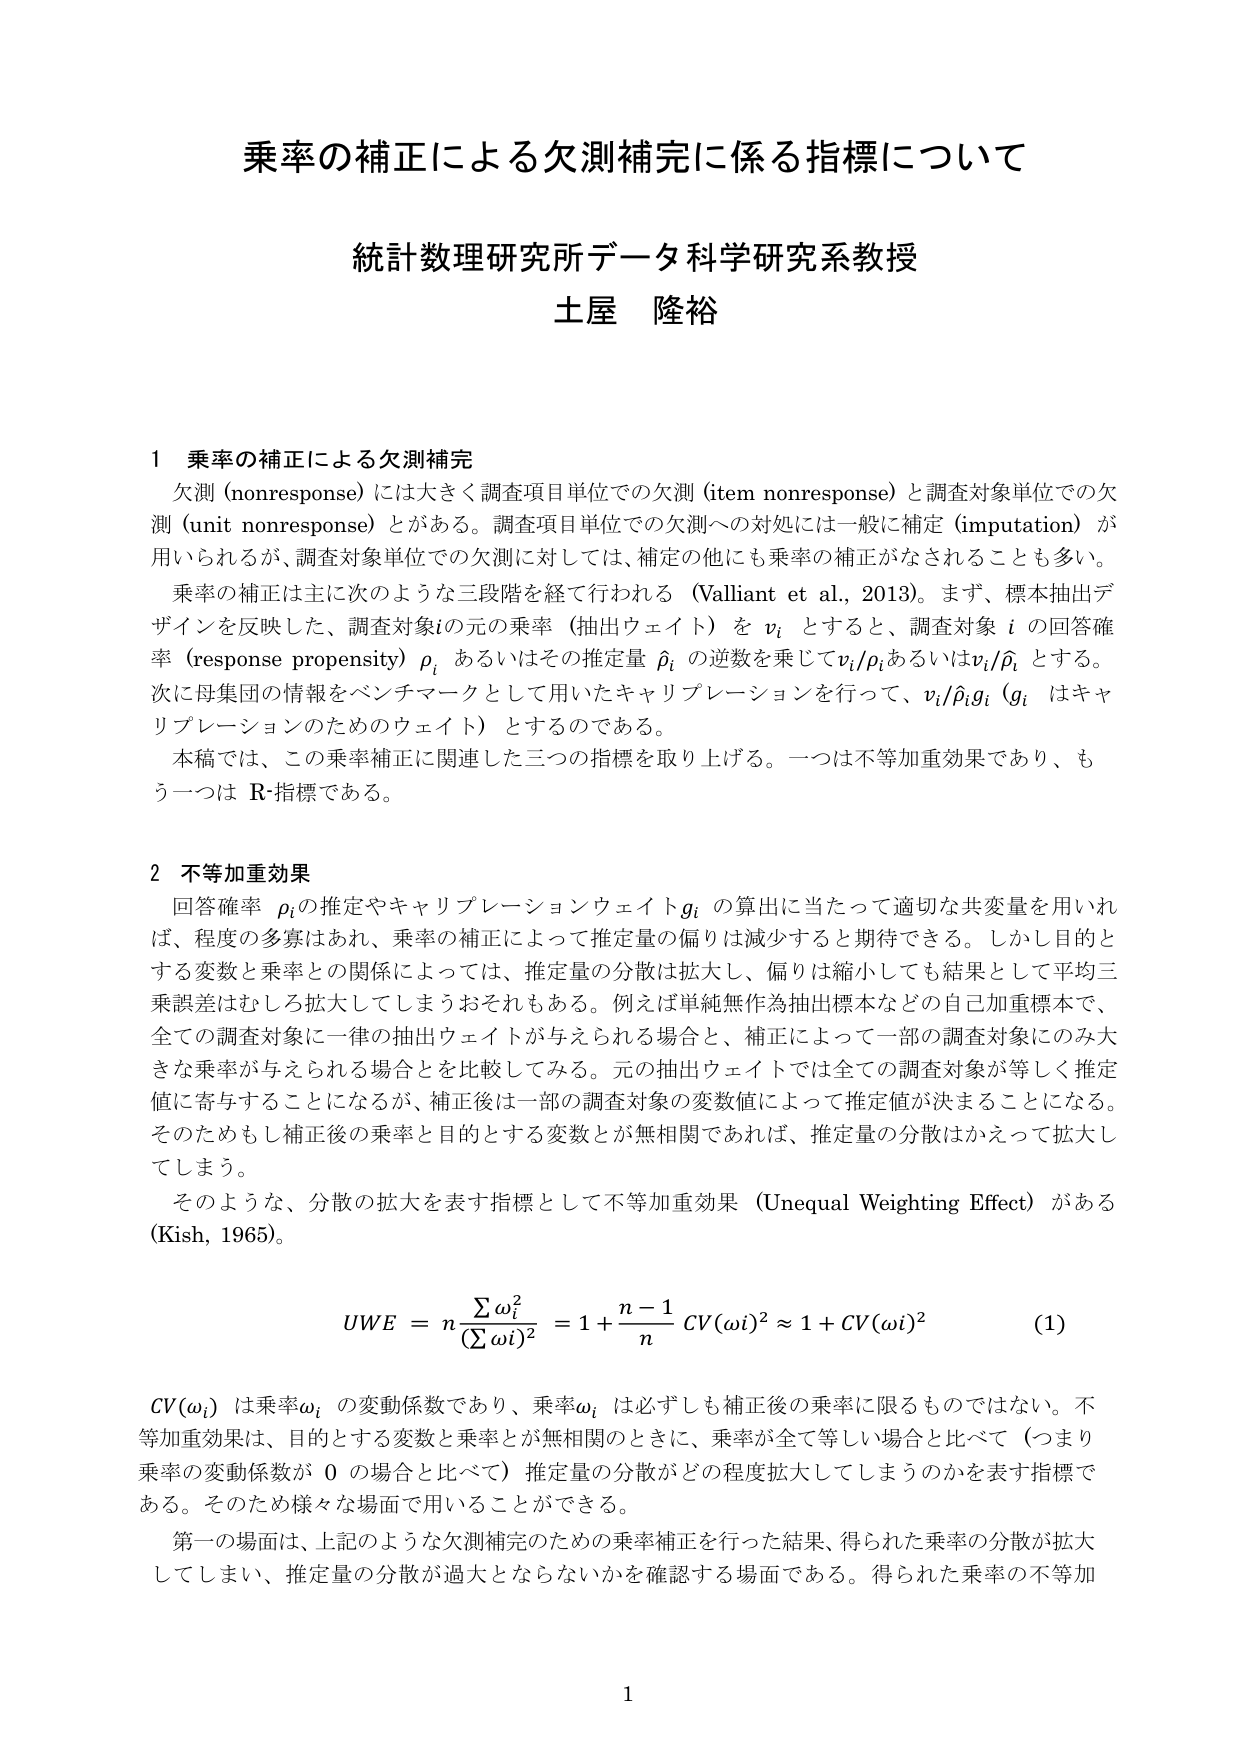
乗率の補正による欠測補完に係る指標について

統計数理研究所データ科学研究系教授
土屋 隆裕

1 乗率の補正による欠測補完
欠測 (nonresponse) には大きく調査項目単位での欠測 (item nonresponse) と調査対象単位での欠測 (unit nonresponse) とがある。調査項目単位での欠測への対処には一般に補定 (imputation) が用いられるが、調査対象単位での欠測に対しては、補定の他にも乗率の補正がなされることも多い。
乗率の補正は主に次のような三段階を経て行われる (Valliant et al., 2013)。まず、標本抽出デザインを反映した、調査対象iの元の乗率（抽出ウェイト）を v_i とすると、調査対象 i の回答確率 (response propensity) ρ_i あるいはその推定量 ˆρ_i の逆数を乗じて v_i/ρ_i あるいは v_i/ˆρ_i とする。次に母集団の情報をベンチマークとして用いたキャリブレーションを行って、v_i/ˆρ_i g_i (g_i はキャリブレーションのためのウェイト) とするのである。
本稿では、この乗率補正に関連した三つの指標を取り上げる。一つは不等加重効果であり、もう一つは R-指標である。

2 不等加重効果
回答確率 ρ_i の推定やキャリブレーションウェイト g_i の算出に当たって適切な共変量を用いれば、程度の多寡はあれ、乗率の補正によって推定量の偏りは減少すると期待できる。しかし目的とする変数と乗率との関係によっては、推定量の分散は拡大し、偏りは縮小しても結果として平均二乗誤差はむしろ拡大してしまうおそれもある。例えば単純無作為抽出標本などの自己加重標本で、全ての調査対象に一律の抽出ウェイトが与えられる場合と、補正によって一部の調査対象にのみ大きな乗率が与えられる場合とを比較してみる。元の抽出ウェイトでは全ての調査対象が等しく推定値に寄与することになるが、補正後は一部の調査対象の変数値によって推定値が決まることになる。そのためもし補正後の乗率と目的とする変数とが無相関であれば、推定量の分散はかえって拡大してしまう。
そのような、分散の拡大を表す指標として不等加重効果 (Unequal Weighting Effect) がある (Kish, 1965)。

UWE = n \frac{∑ ω_i^2}{(∑ ω_i)^2} = 1 + \frac{n-1}{n} CV(ω_i)^2 ≈ 1 + CV(ω_i)^2  (1)

CV(ω_i) は乗率 ω_i の変動係数であり、乗率 ω_i は必ずしも補正後の乗率に限るものではない。不等加重効果は、目的とする変数と乗率とが無相関のときに、乗率が全て等しい場合と比べて（つまり乗率の変動係数が 0 の場合と比べて）推定量の分散がどの程度拡大してしまうのかを表す指標である。そのため様々な場面で用いることができる。
第一の場面は、上記のような欠測補完のための乗率補正を行った結果、得られた乗率の分散が拡大してしまい、推定量の分散が過大とならないかを確認する場面である。得られた乗率の不等加

1